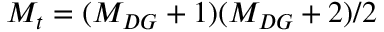
M _ { t } = ( M _ { D G } + 1 ) ( M _ { D G } + 2 ) / 2